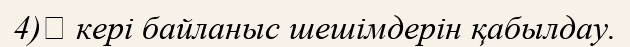
4)	 кері байланыс шешімдерін қабылдау.